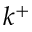
k ^ { + }